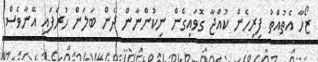
ޒޯހާ އެތުއްތު ފިރިހެން ކުއްޖާ ގޮވައިގެން ނިކުންނާން ދެން ބަލަން ހުރެފައި އޭނާވެސް